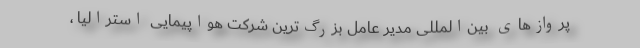
پروازهای بین‌المللی مدیر عامل بزرگ‌ترین شرکت هواپیمایی استرالیا ،